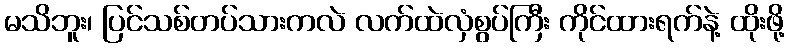
မသိဘူး၊ ပြင်သစ်တပ်သားကလဲ လက်ထဲလှံစွပ်ကြီး ကိုင်ထားရက်နဲ့ ထိုးဖို့